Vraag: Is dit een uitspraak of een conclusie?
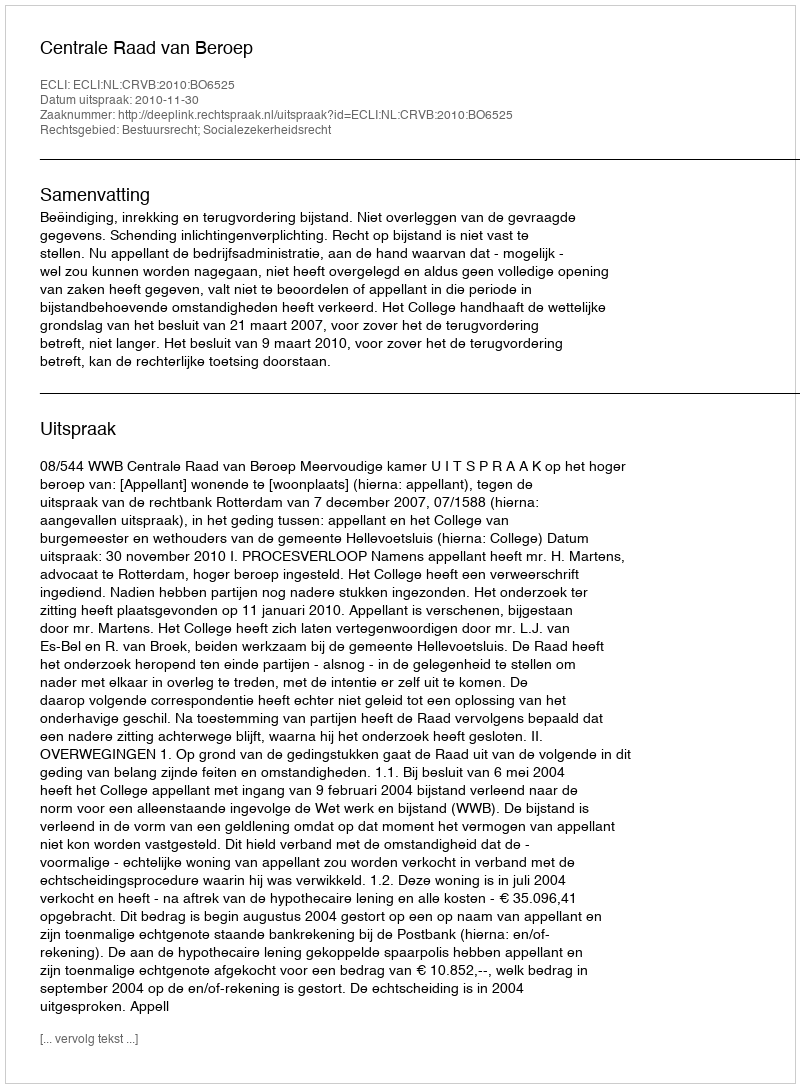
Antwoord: Uitspraak